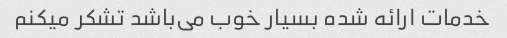
خدمات ارائه شده بسیار خوب می‌باشد تشکر میکنم